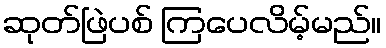
ဆုတ်ဖြဲပစ် ကြပေလိမ့်မည်။